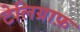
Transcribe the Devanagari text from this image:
टेलिग्राफ़